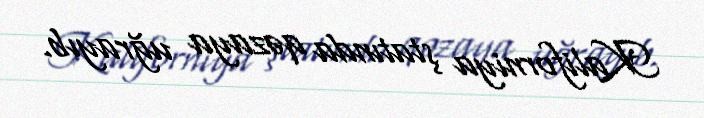
Kaliforniya ştatında qəzaya uğrayıb.